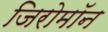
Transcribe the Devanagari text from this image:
जिरोमॉन